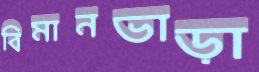
বিমানভাড়া